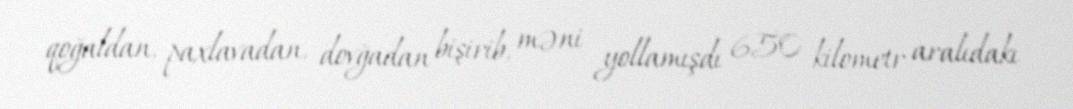
qoğaldan, paxlavadan, dovğadan bişirib, məni yollamışdı 650 kilometr aralıdakı